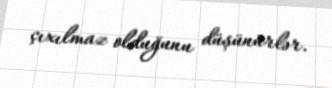
çıxılmaz olduğunu düşünürlər.